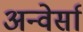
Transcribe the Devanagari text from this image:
अन्वेर्सा